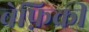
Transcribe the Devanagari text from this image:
बेफ़िक्री